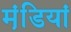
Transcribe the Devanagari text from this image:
मंडि़यां